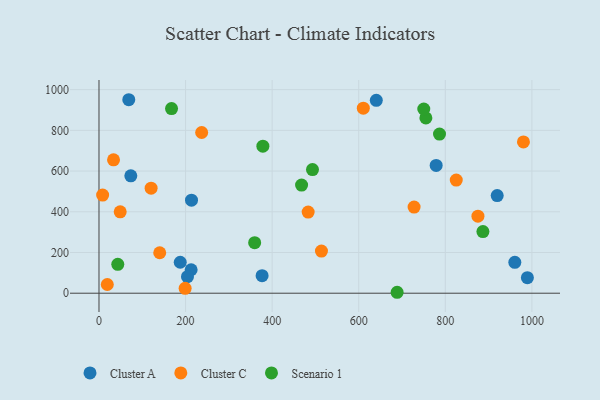
{"axis": {"x": "Speed", "y": "Profit"}, "legend": ["Cluster A", "Cluster C", "Scenario 1"], "data": [{"x": "212.9", "y": 115.2, "type": "Cluster A"}, {"x": "204.4", "y": 81.0, "type": "Cluster A"}, {"x": "960.6", "y": 151.6, "type": "Cluster A"}, {"x": "989.6", "y": 76.4, "type": "Cluster A"}, {"x": "376.8", "y": 86.0, "type": "Cluster A"}, {"x": "778.9", "y": 627.9, "type": "Cluster A"}, {"x": "73.5", "y": 576.5, "type": "Cluster A"}, {"x": "213.7", "y": 456.9, "type": "Cluster A"}, {"x": "187.7", "y": 152.1, "type": "Cluster A"}, {"x": "919.9", "y": 479.6, "type": "Cluster A"}, {"x": "68.8", "y": 950.5, "type": "Cluster A"}, {"x": "640.6", "y": 947.5, "type": "Cluster A"}, {"x": "199.0", "y": 24.0, "type": "Cluster C"}, {"x": "33.6", "y": 655.1, "type": "Cluster C"}, {"x": "140.3", "y": 198.8, "type": "Cluster C"}, {"x": "19.2", "y": 42.7, "type": "Cluster C"}, {"x": "49.0", "y": 399.9, "type": "Cluster C"}, {"x": "513.9", "y": 206.9, "type": "Cluster C"}, {"x": "825.3", "y": 555.8, "type": "Cluster C"}, {"x": "8.4", "y": 481.9, "type": "Cluster C"}, {"x": "483.2", "y": 398.6, "type": "Cluster C"}, {"x": "610.6", "y": 909.2, "type": "Cluster C"}, {"x": "727.9", "y": 422.9, "type": "Cluster C"}, {"x": "120.4", "y": 515.9, "type": "Cluster C"}, {"x": "875.4", "y": 378.4, "type": "Cluster C"}, {"x": "237.2", "y": 789.6, "type": "Cluster C"}, {"x": "980.5", "y": 743.4, "type": "Cluster C"}, {"x": "886.9", "y": 302.8, "type": "Scenario 1"}, {"x": "359.6", "y": 248.5, "type": "Scenario 1"}, {"x": "688.7", "y": 4.6, "type": "Scenario 1"}, {"x": "378.6", "y": 722.3, "type": "Scenario 1"}, {"x": "468.0", "y": 531.1, "type": "Scenario 1"}, {"x": "493.2", "y": 607.3, "type": "Scenario 1"}, {"x": "167.6", "y": 906.8, "type": "Scenario 1"}, {"x": "755.1", "y": 861.2, "type": "Scenario 1"}, {"x": "43.4", "y": 141.7, "type": "Scenario 1"}, {"x": "750.3", "y": 905.0, "type": "Scenario 1"}, {"x": "786.6", "y": 781.7, "type": "Scenario 1"}]}